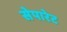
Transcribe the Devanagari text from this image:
सेपारेट